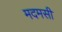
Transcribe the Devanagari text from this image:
मदमसी